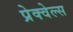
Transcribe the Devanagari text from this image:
प्रेक्वेल्स